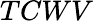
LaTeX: TCWV